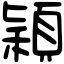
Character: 穎